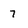
Character: 7